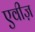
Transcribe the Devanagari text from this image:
एवीज़